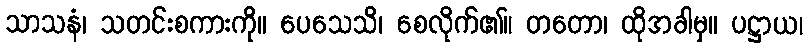
သာသနံ၊ သတင်းစကားကို။ ပေသေသိ၊ စေလိုက်၏။ တတော၊ ထိုအခါမှ။ ပဋ္ဌာယ၊